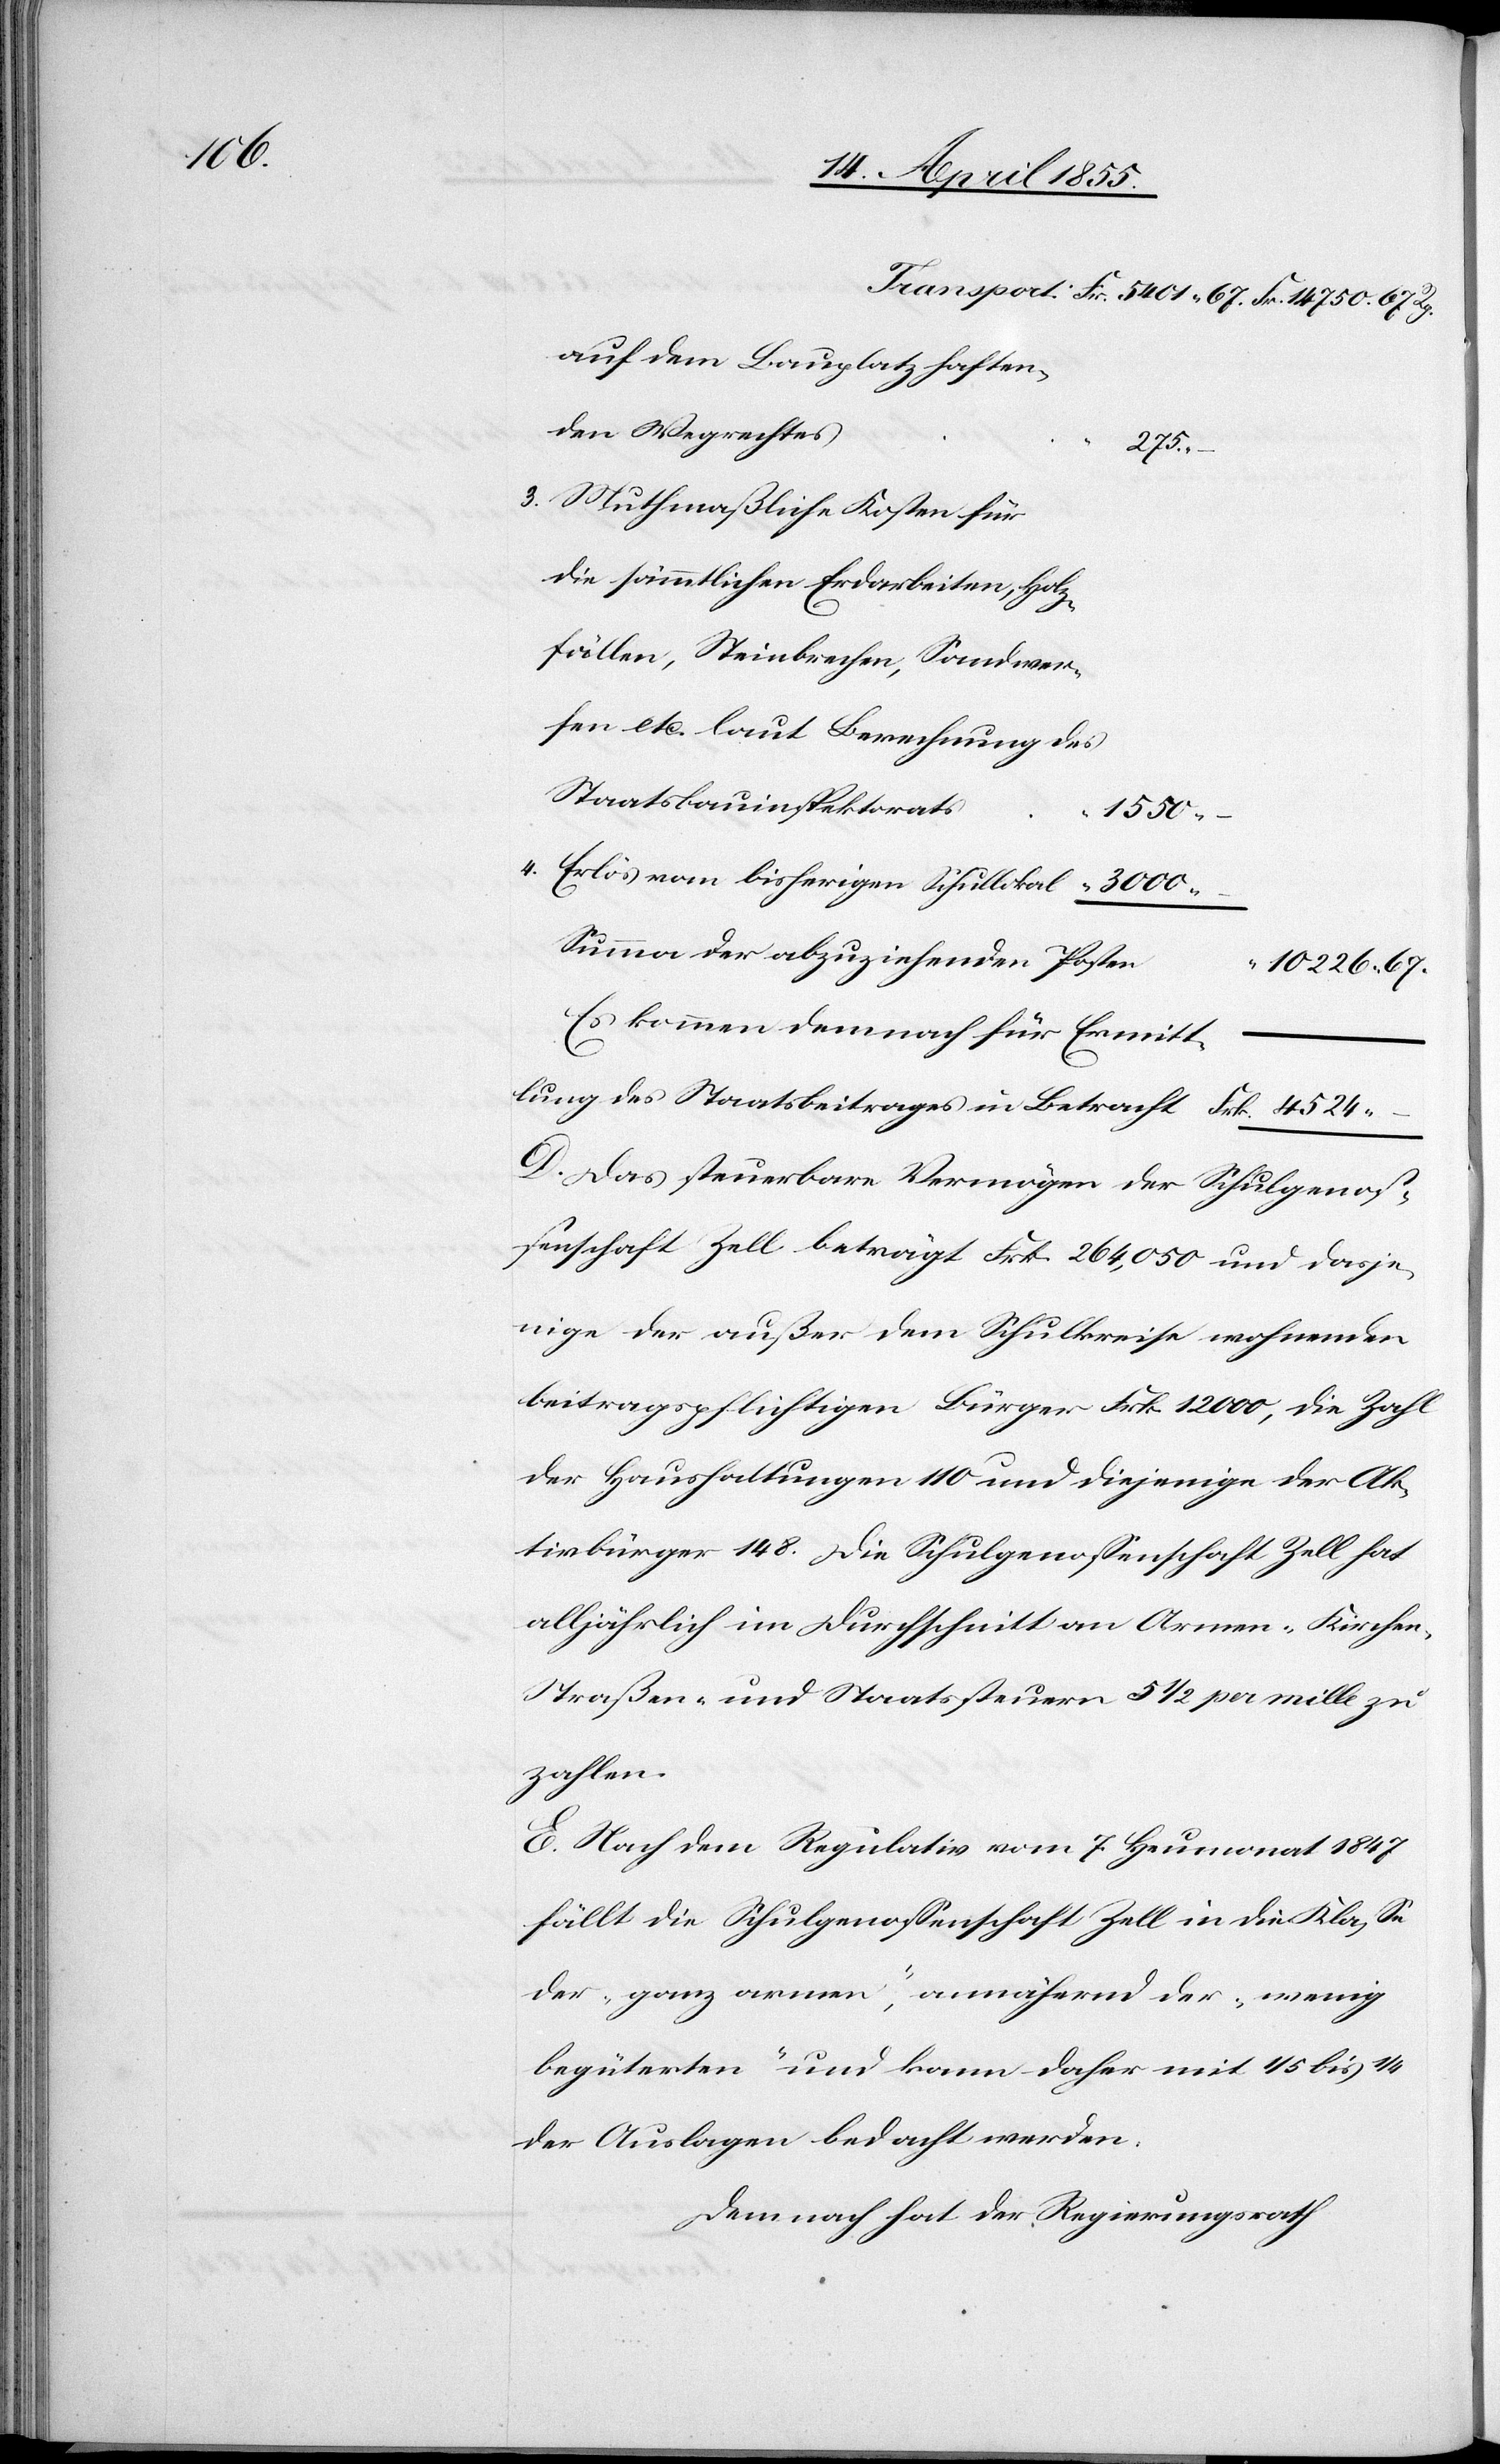
auf dem Bauplatz haften¬
den Wegrechtes
275.
3. Muthmaßliche Kosten für
fen etc. laut Berechnung des
Staatsbauinspektorats
1550.
4. Erlös vom bisherigen Schullokal
Summa der abzuziehenden Posten
n-[,]
10 226. 67
Es kommen demnach für Ermitt¬
lung
D. Das steuerbare Vermögen der Schulgenos¬
senschaft Zell beträgt Frk. 264,050 und dasje¬
nige der außer dem Schulkreise wohnenden
beitragspflichtigen Bürger Frk. 12 000, die Zahl
der Haushaltungen 110 und diejenige der Ak¬
tivbürger 148. Die Schulgenossenschaft Zell hat
alljährlich im Durchschnitt an Armen-[,] Kirche¬
Straßen- und Staatssteuern 5 1/2 per mille zu
zahlen.
E. Nach dem Regulativ vom 7. Heumonat 1847
fällt die Schulgenossenschaft Zell in die Klasse
der „ganz armen“, annähernd der „wenig
begüterten“ und kann daher mit 1/5 bis 1/4
der Auslagen bedacht werden.
Demnach hat der Regierungsrath